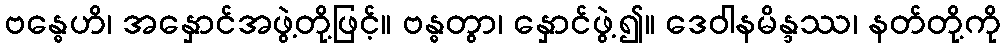
ဗန္ဓေဟိ၊ အနှောင်အဖွဲ့တို့ဖြင့်။ ဗန္ဓတွာ၊ နှောင်ဖွဲ့၍။ ဒေဝါနမိန္ဒဿ၊ နတ်တို့ကို